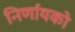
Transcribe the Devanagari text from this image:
निर्णायको